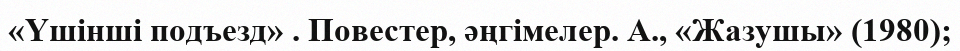
«Үшінші подъезд» . Повестер, әңгімелер. А., «Жазушы» (1980);